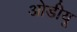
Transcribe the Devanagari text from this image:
ओडीयू